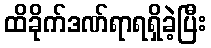
ထိခိုက်ဒဏ်ရာရရှိခဲ့ပြီး